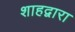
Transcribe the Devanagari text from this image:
शाहद्वारा